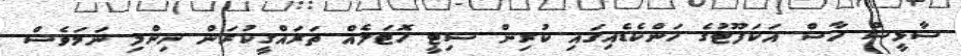
ސާޅީސް ހާސް އަކަފޫޓުގެ ހަންކެޑެއިގައި ކުރިން ސިޓީ ހޮޓަލެއް ތަރައްގީކުރަން ނިންމި ނަމަވެސް